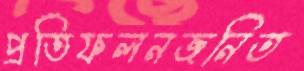
প্রতিফলনজনিত